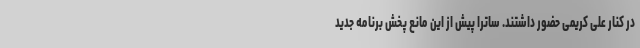
در کنار علی کریمی حضور داشتند. ساترا پیش از این مانع پخش برنامه جدید